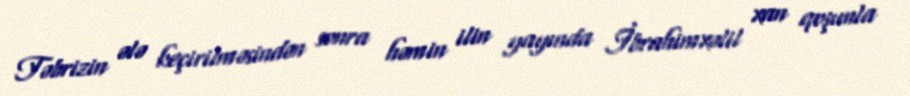
Təbrizin ələ keçirilməsindən sonra həmin ilin yayında İbrahimxəlil xan qoşunla